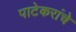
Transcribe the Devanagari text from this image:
पाटेकरांचे